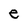
Character: e